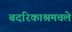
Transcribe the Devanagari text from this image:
बदरिकाश्रमचले